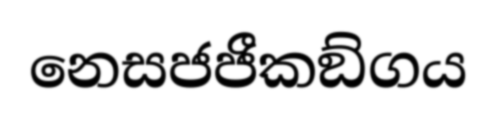
නෙසජජීකඞ්ගය